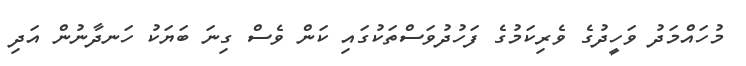
މުހައްމަދު ވަހީދުގެ ވެރިކަމުގެ ފަހުދުވަސްތަކުގައި ކަން ވެސް ގިނަ ބަޔަކު ހަނދާނުން އަދި